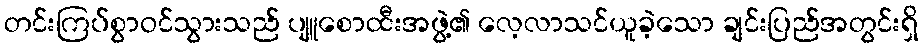
တင်းကြပ်စွာဝင်သွားသည် ပျူစောထီးအဖွဲ့၏ လေ့လာသင်ယူခဲ့သော ချင်းပြည်အတွင်းရှိ